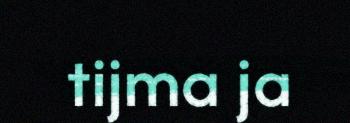
tijma ja